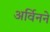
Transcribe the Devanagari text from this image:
अर्विनने